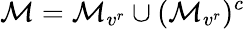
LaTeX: \mathcal{M}=\mathcal{M}_{v^{r}}\cup(\mathcal{M}_{v^{r}})^{c}